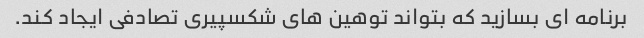
برنامه ای بسازید که بتواند توهین های شکسپیری تصادفی ایجاد کند.